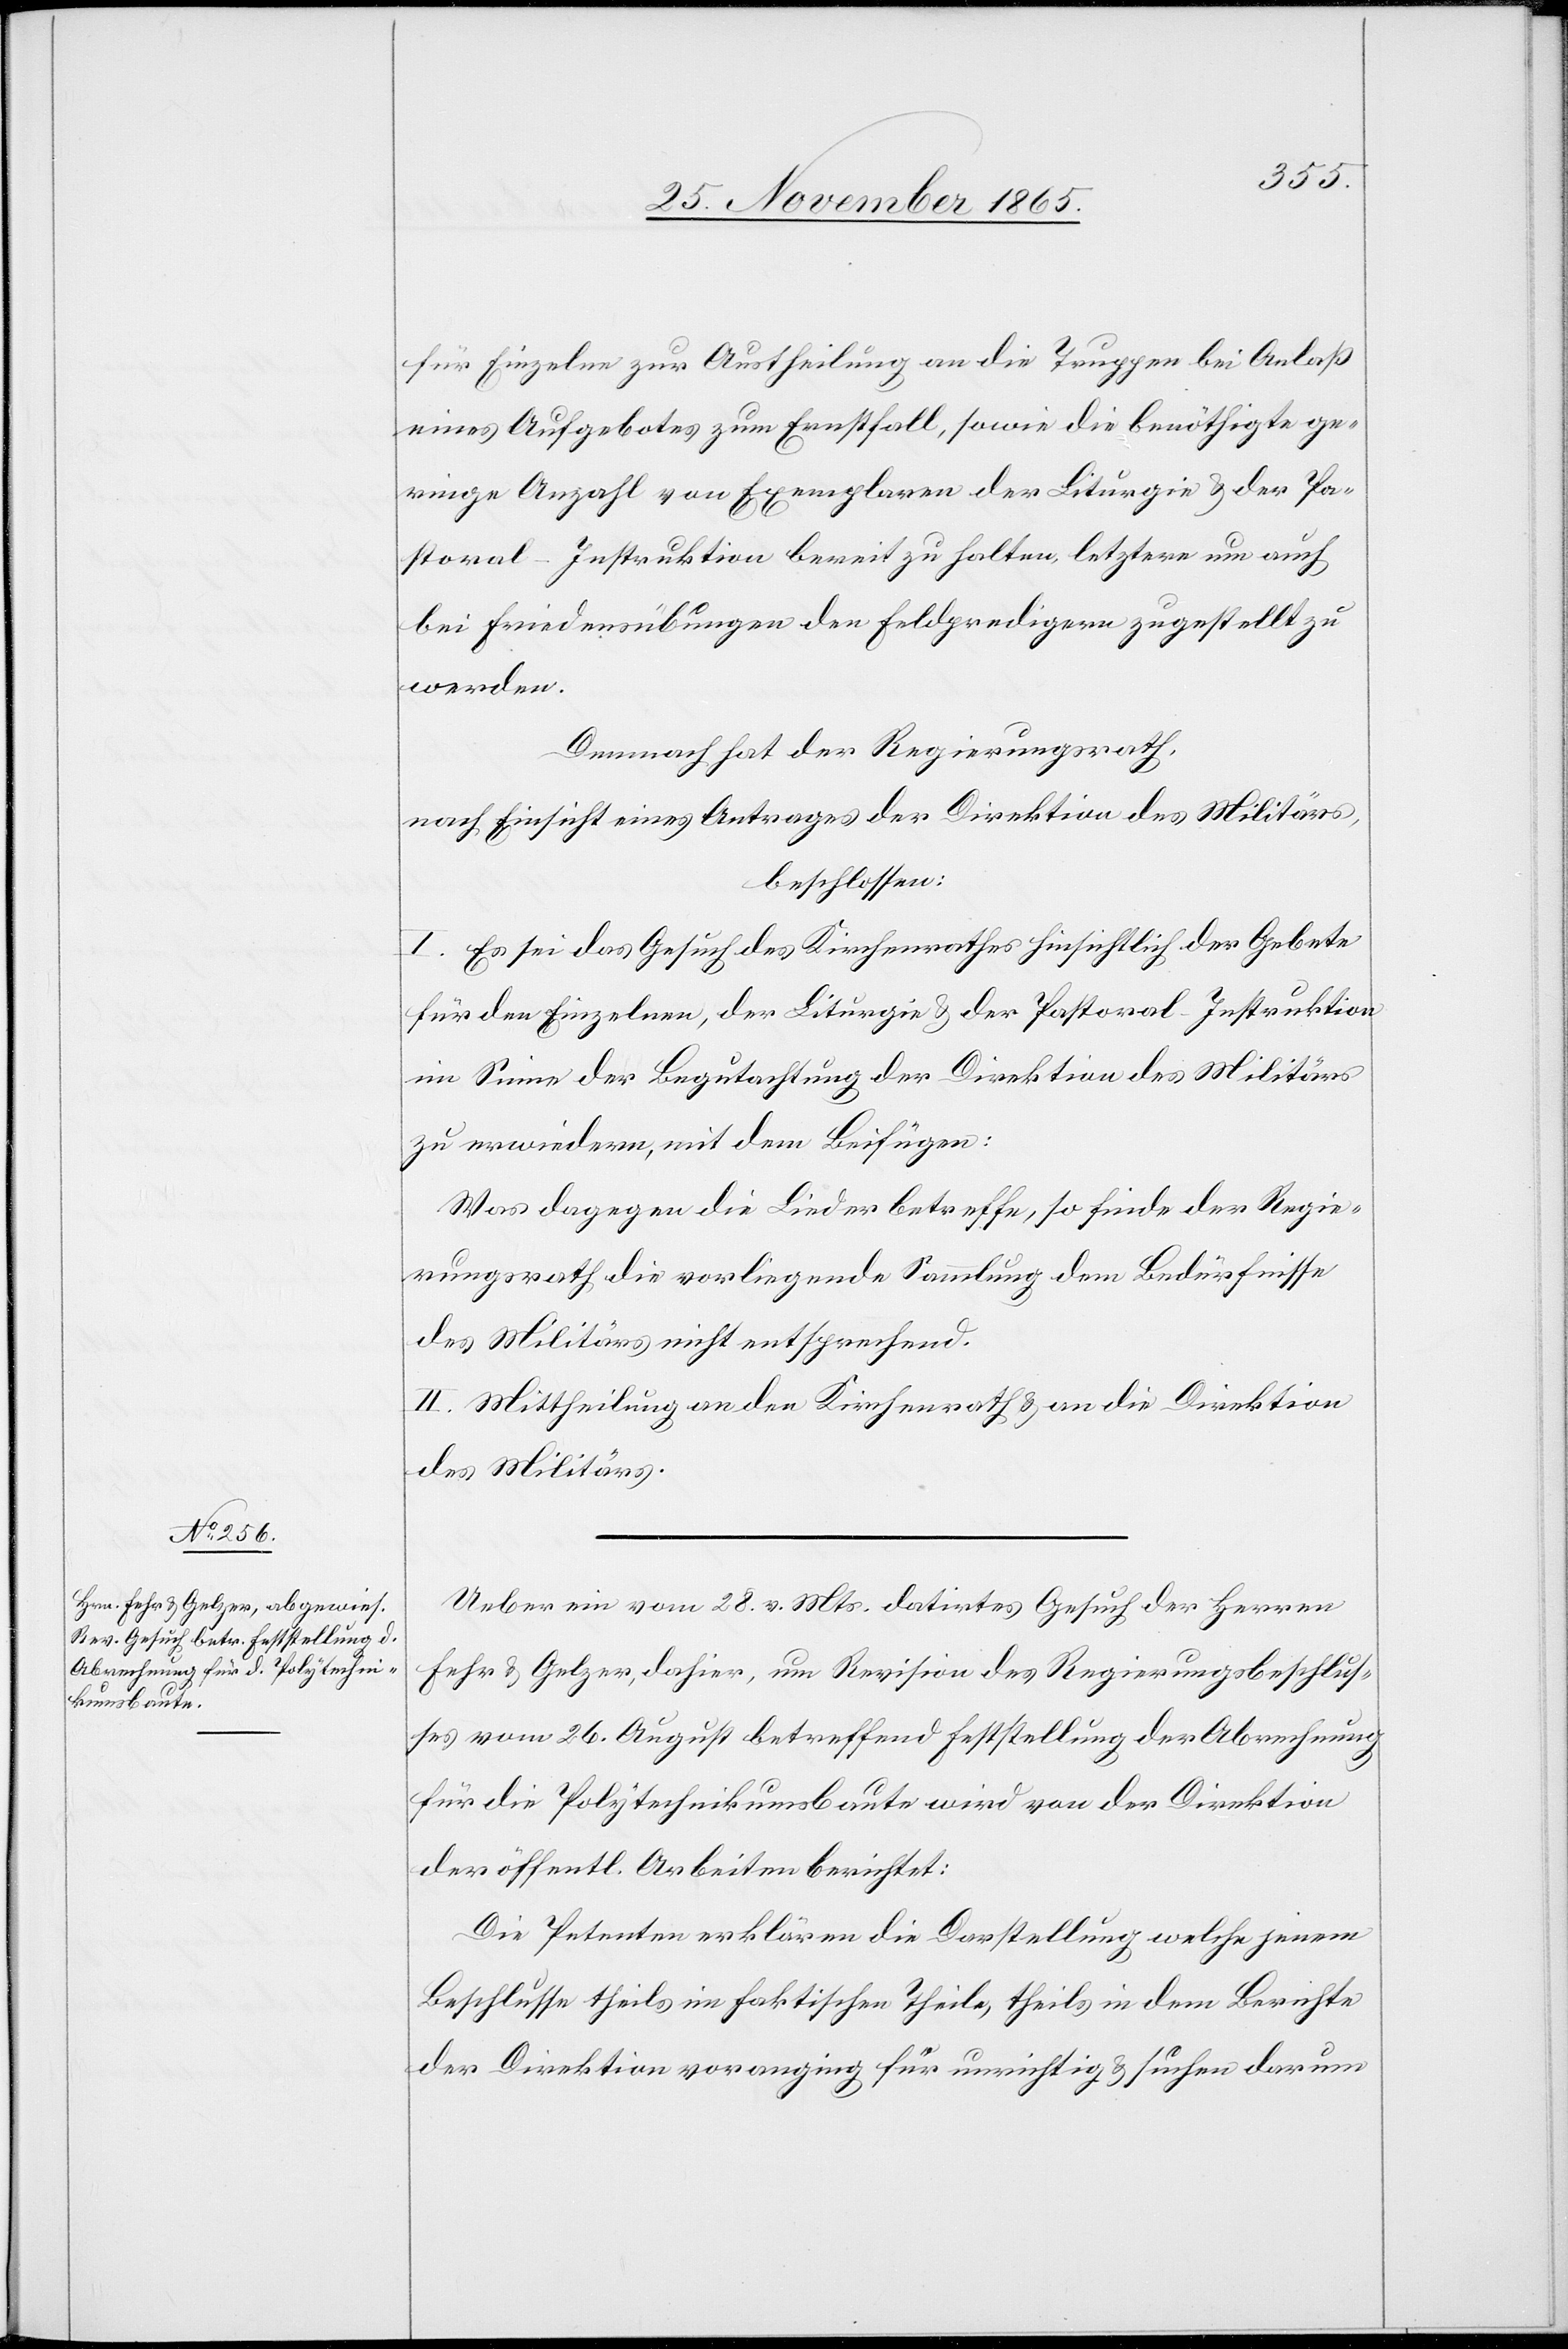
für Einzelne zur Austheilung an die Truppen bei Anlaß
eines Aufgebotes zum Ernstfall, sowie die benöthigte ge¬
ringe Anzahl von Exemplaren der Liturgie & der Pa¬
storal-Instruktion bereit zu halten, letztere um auch
bei Friedensübungen den Feldpredigern zugestellt zu
werden.
Demnach hat der Regierungsrath,
nach Einsicht eines Antrages der Direktion des Militärs,
beschlossen:
I. Es sei das Gesuch des Kirchenrathes hinsichtlich der Gebete
für den Einzelnen, der Liturgie & der Pastoral-Instruktion
im Sinne der Begutachtung der Direktion des Militärs
zu erwiedern, mit dem Beifügen:
Was dagegen die Lieder betreffe, so finde der Regie¬
rungsrath die vorliegende Sammlung dem Bedürfnisse
des Militärs nicht entsprechend.
II. Mittheilung an den Kirchenrath & an die Direktion
des Militärs.
Ueber ein vom 28. v. Mts. datirtes Gesuch der Herren
Fehr & Gelzer, dahier, um Revision des Regierungsbeschlus¬
ses vom 26. August betreffend Feststellung der Abrechnung
für die Polytechnikumsbaute wird von der Direktion
der öffentl. Arbeiten berichtet:
Die Petenten erklären die Darstellung welche jenem
Beschlusse theils im faktischen Theile, theils in dem Berichte
der Direktion voranging für unrichtig & suchen darum